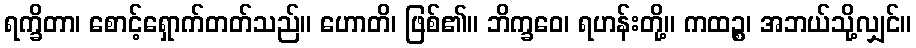
ရက္ခိတာ၊ စောင့်ရှောက်တတ်သည်။ ဟောတိ၊ ဖြစ်၏။ ဘိက္ခဝေ၊ ရဟန်းတို့။ ကထဉ္စ၊ အဘယ်သို့လျှင်။